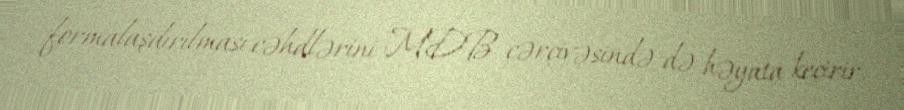
formalaşdırılması cəhdlərini MDB çərçivəsində də həyata keçirir.